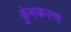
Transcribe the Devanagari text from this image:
कुंभकरण